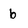
Character: b